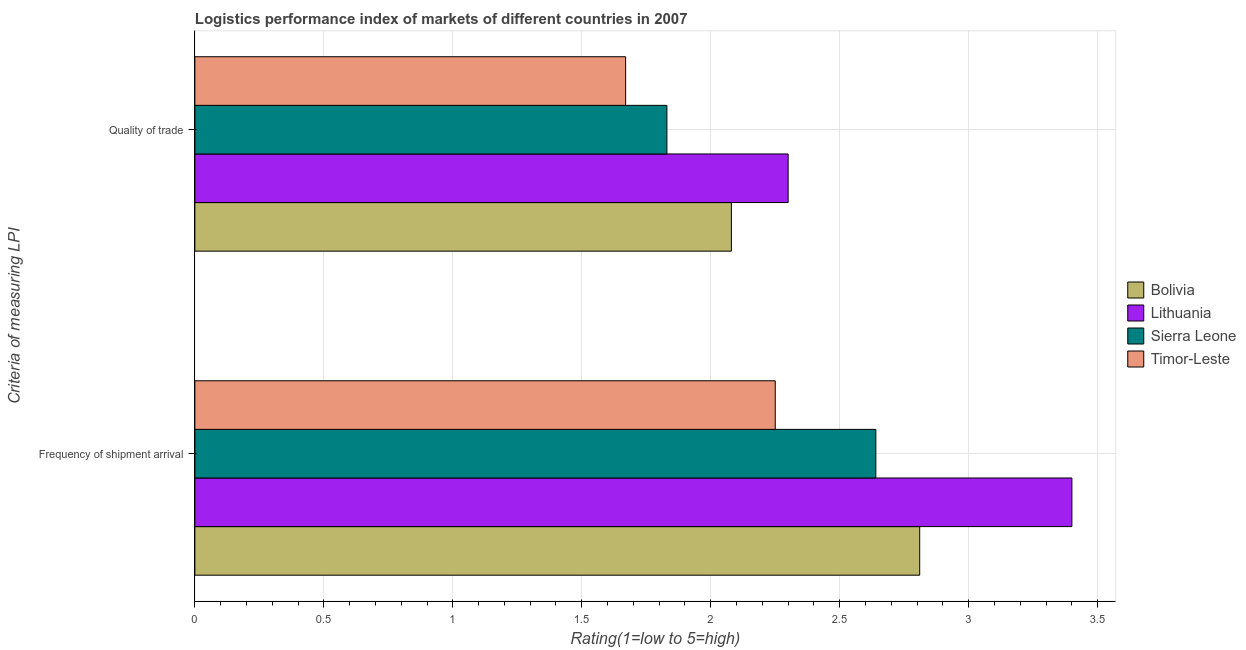
| Criteria of measuring LPI | Bolivia | Lithuania | Sierra Leone | Timor-Leste |
 | --- | --- | --- | --- | --- |
 | Frequency of shipment arrival | 2.81 | 3.4 | 2.64 | 2.25 |
 | Quality of trade | 2.08 | 2.3 | 1.83 | 1.67 |